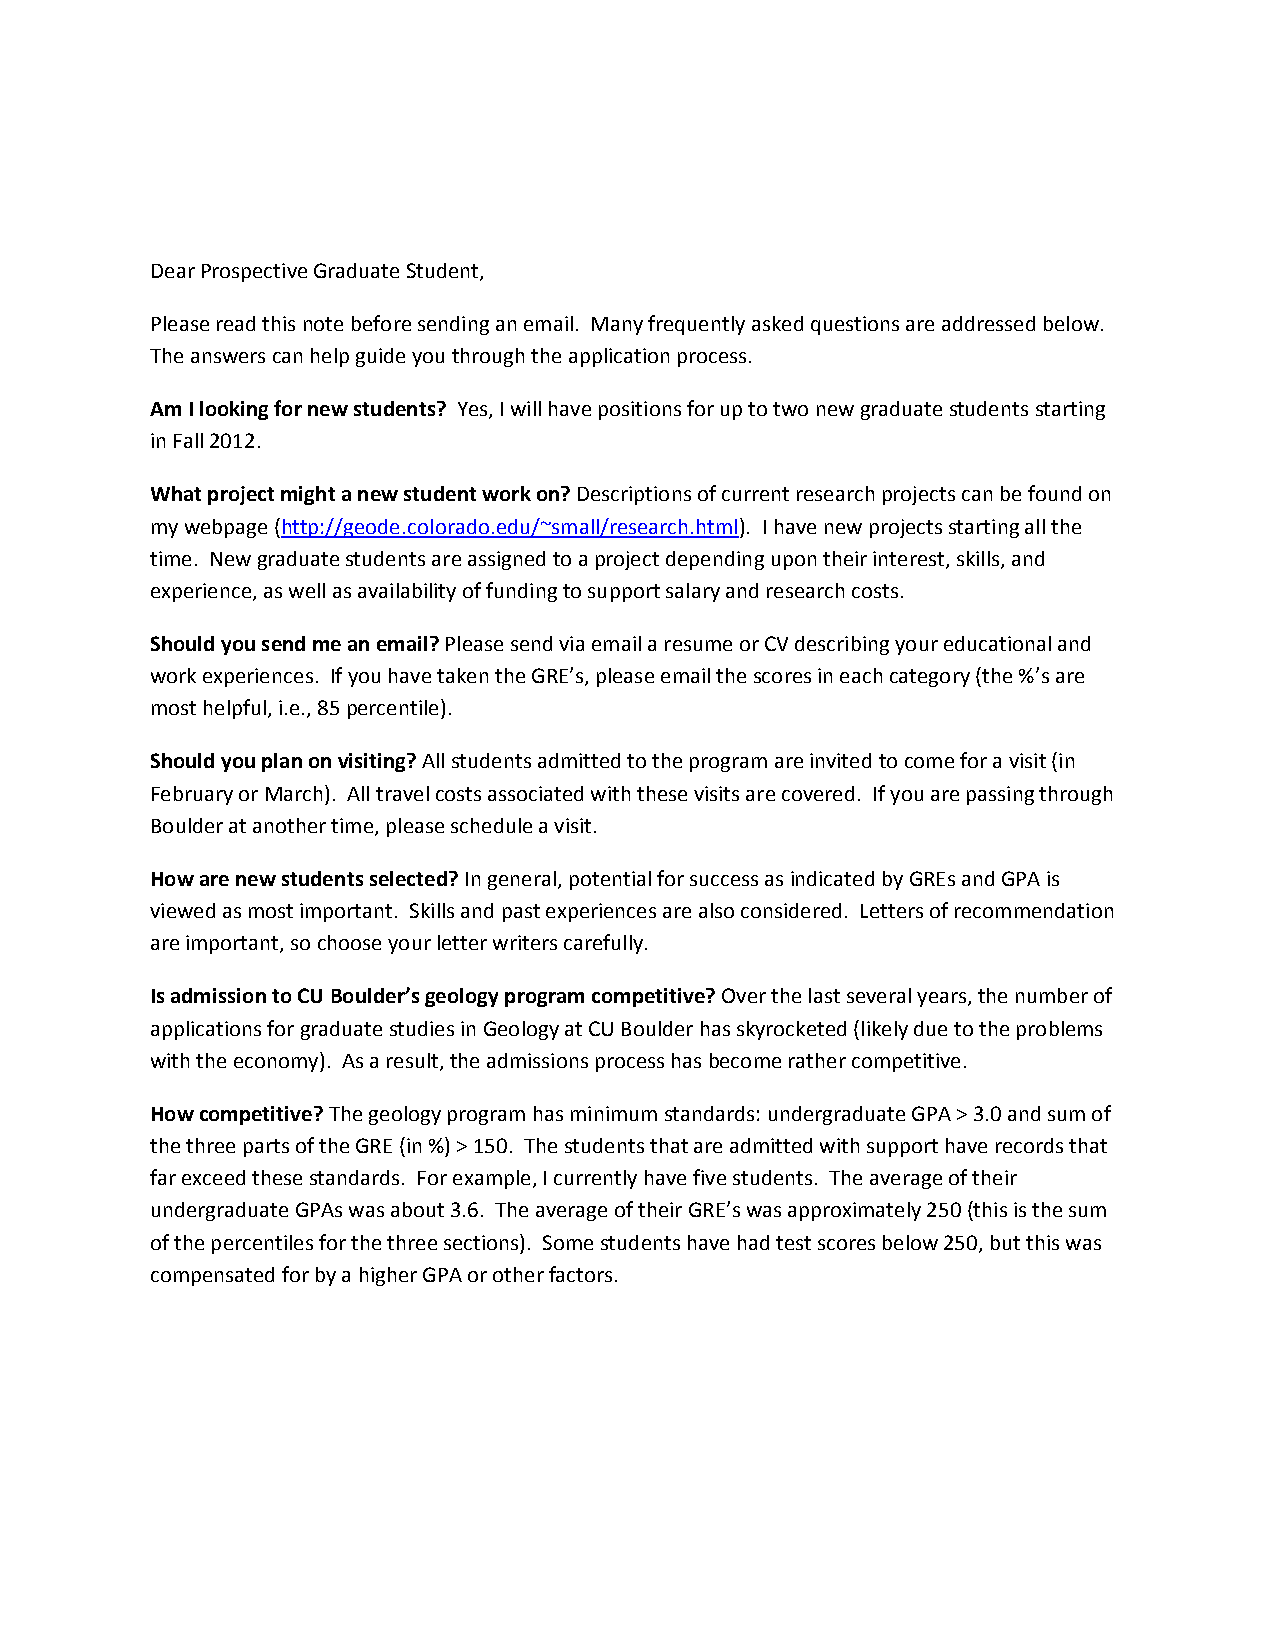
Dear Prospective Graduate Student,
 Please read this note before sending an email. Many frequently asked questions are addressed below.
 The answers can help guide you through the application process.
 Am I looking for new students? Yes, I will have positions for up to two new graduate students starting
 in Fall 2012.
 What project might a new student work on? Descriptions of current research projects can be found on
 my webpage (http://geode.colorado.edu/~small/research.html). I have new projects starting all the
 time. New graduate students are assigned to a project depending upon their interest, skills, and
 experience, as well as availability of funding to support salary and research costs.
 Should you send me an email? Please send via email a resume or CV describing your educational and
 work experiences. If you have taken the GRE’s, please email the scores in each category (the %’s are
 most helpful, i.e., 85 percentile).
 Should you plan on visiting? All students admitted to the program are invited to come for a visit (in
 February or March). All travel costs associated with these visits are covered. If you are passing through
 Boulder at another time, please schedule a visit.
 How are new students selected? In general, potential for success as indicated by GREs and GPA is
 viewed as most important. Skills and past experiences are also considered. Letters of recommendation
 are important, so choose your letter writers carefully.
 Is admission to CU Boulder’s geology program competitive? Over the last several years, the number of
 applications for graduate studies in Geology at CU Boulder has skyrocketed (likely due to the problems
 with the economy). As a result, the admissions process has become rather competitive.
 How competitive? The geology program has minimum standards: undergraduate GPA > 3.0 and sum of
 the three parts of the GRE (in %) > 150. The students that are admitted with support have records that
 far exceed these standards. For example, I currently have five students. The average of their
 undergraduate GPAs was about 3.6. The average of their GRE’s was approximately 250 (this is the sum
 of the percentiles for the three sections). Some students have had test scores below 250, but this was
 compensated for by a higher GPA or other factors.